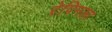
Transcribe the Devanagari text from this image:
रेपिनला